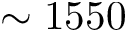
\sim 1 5 5 0